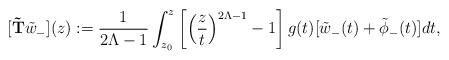
LaTeX: \begin{align*}[{\bf \tilde T}\tilde w_-](z):= {1\over 2\Lambda-1}\int_{z_0}^z\left[\left({z\over t}\right)^{2\Lambda-1}-1\right]g(t)[\tilde w_-(t)+\tilde\phi_-(t)]dt,\end{align*}